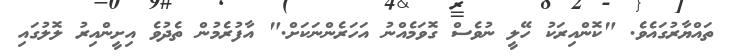
ތައްޔާރުގައެވެ. "ކޮންއިރަކު ހޭލީ ނުވެސް ގޮވަމެއްނު އަހަރެންނަކަށް." އާފުރެމުން ތެދުވެ އިށީންއިރު ލޮލުގައި